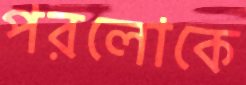
পরলোকে